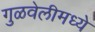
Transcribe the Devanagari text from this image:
गुळवेलीमध्ये